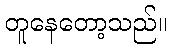
တူနေတော့သည်။